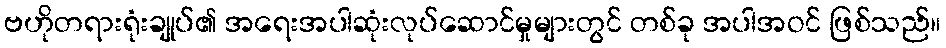
ဗဟိုတရားရုံးချုပ်၏ အရေးအပါဆုံးလုပ်ဆောင်မှုများတွင် တစ်ခု အပါအဝင် ဖြစ်သည်။